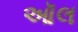
ઑલ